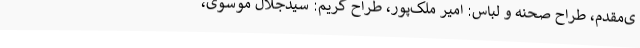
ی‌مقدم، طراح صحنه و لباس: امیر ملک‌پور، طراح گریم: سیدجلال موسوی،